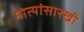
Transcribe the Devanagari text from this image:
मोत्यांसारखी